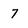
Character: 7